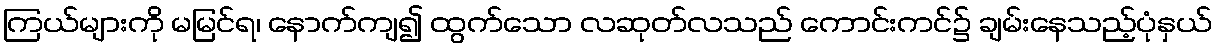
ကြယ်များကို မမြင်ရ၊ နောက်ကျ၍ ထွက်သော လဆုတ်လသည် ကောင်းကင်၌ ချမ်းနေသည့်ပုံနှယ်